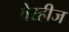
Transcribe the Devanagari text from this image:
वेरहीज